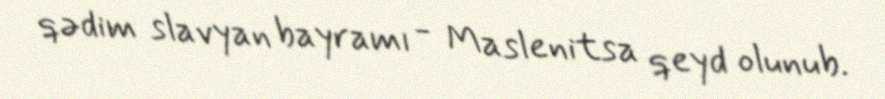
qədim slavyan bayramı - Maslenitsa qeyd olunub.